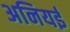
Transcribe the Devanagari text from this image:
अनियई